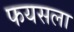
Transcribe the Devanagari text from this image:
फयसला